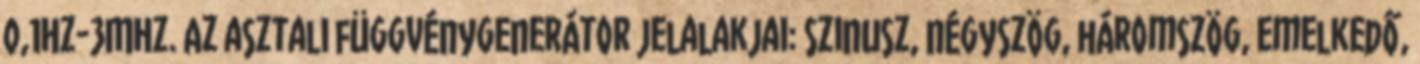
0,1Hz-3MHz. Az asztali függvénygenerátor jelalakjai: szinusz, négyszög, háromszög, emelkedő,